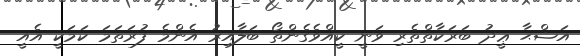
އަޟްޙާ ޢީދު ބަރަކާތްތެރި ވަނީ ކީއްވެގެންތޯ ބަލާއިރު އެންމެ ފުރަތަމަ ކަމަކީ އެއީ